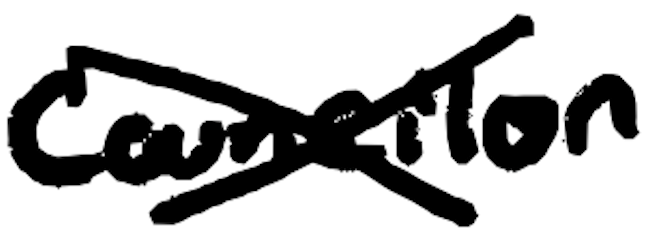
Text: Councilor
Cross-out: cross
Writing tool: digital_black